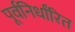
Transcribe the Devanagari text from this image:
पूर्वनिर्धांरित